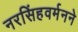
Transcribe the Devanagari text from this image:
नरसिंहवर्मनने